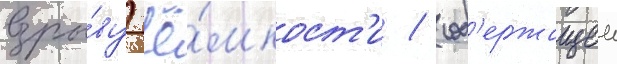
взры́ву ё́мкост'и / сод'ержащеи